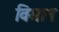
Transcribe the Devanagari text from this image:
विमान